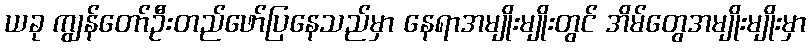
ယခု ကျွန်တော်ဦးတည်ဖော်ပြနေသည်မှာ နေရာအမျိုးမျိုးတွင် အိမ်တွေအမျိုးမျိုးမှာ